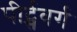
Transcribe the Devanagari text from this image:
पीर्ट्सवर्ग